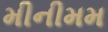
મીનીમમ